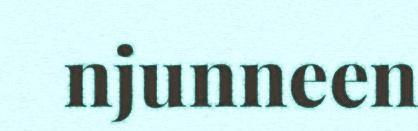
njunneen